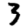
Digit: 3